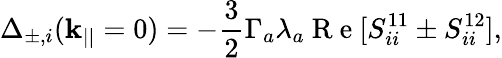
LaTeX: \Delta_{\pm,i}(\mathbf{k}_{||}=0)=-\frac{3}{2}\Gamma_{a}\lambda_{a}\mathrm{~R~e~}[S_{ii}^{11}\pm S_{ii}^{12}],